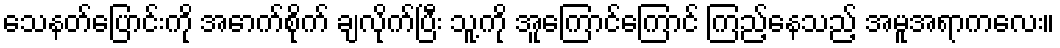
သေနတ်ပြောင်းကို အောက်စိုက် ချလိုက်ပြီး သူ့ကို အူကြောင်ကြောင် ကြည့်နေသည့် အမူအရာကလေး။